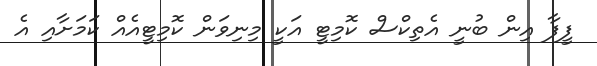
ފީފާ އިން ބުނީ އެތިކްސް ކޮމިޓީ އަކީ މިނިވަން ކޮމިޓީއެއް ކަމަށާއި އެ